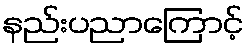
နည်းပညာကြောင့်